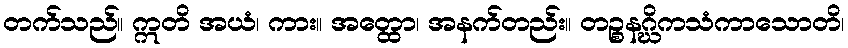
တက်သည်။ ဣတိ အယံ၊ ကား။ အတ္ထော၊ အနက်တည်း။ တဉ္စနဂ္ဃိကသံကာသောတိ၊